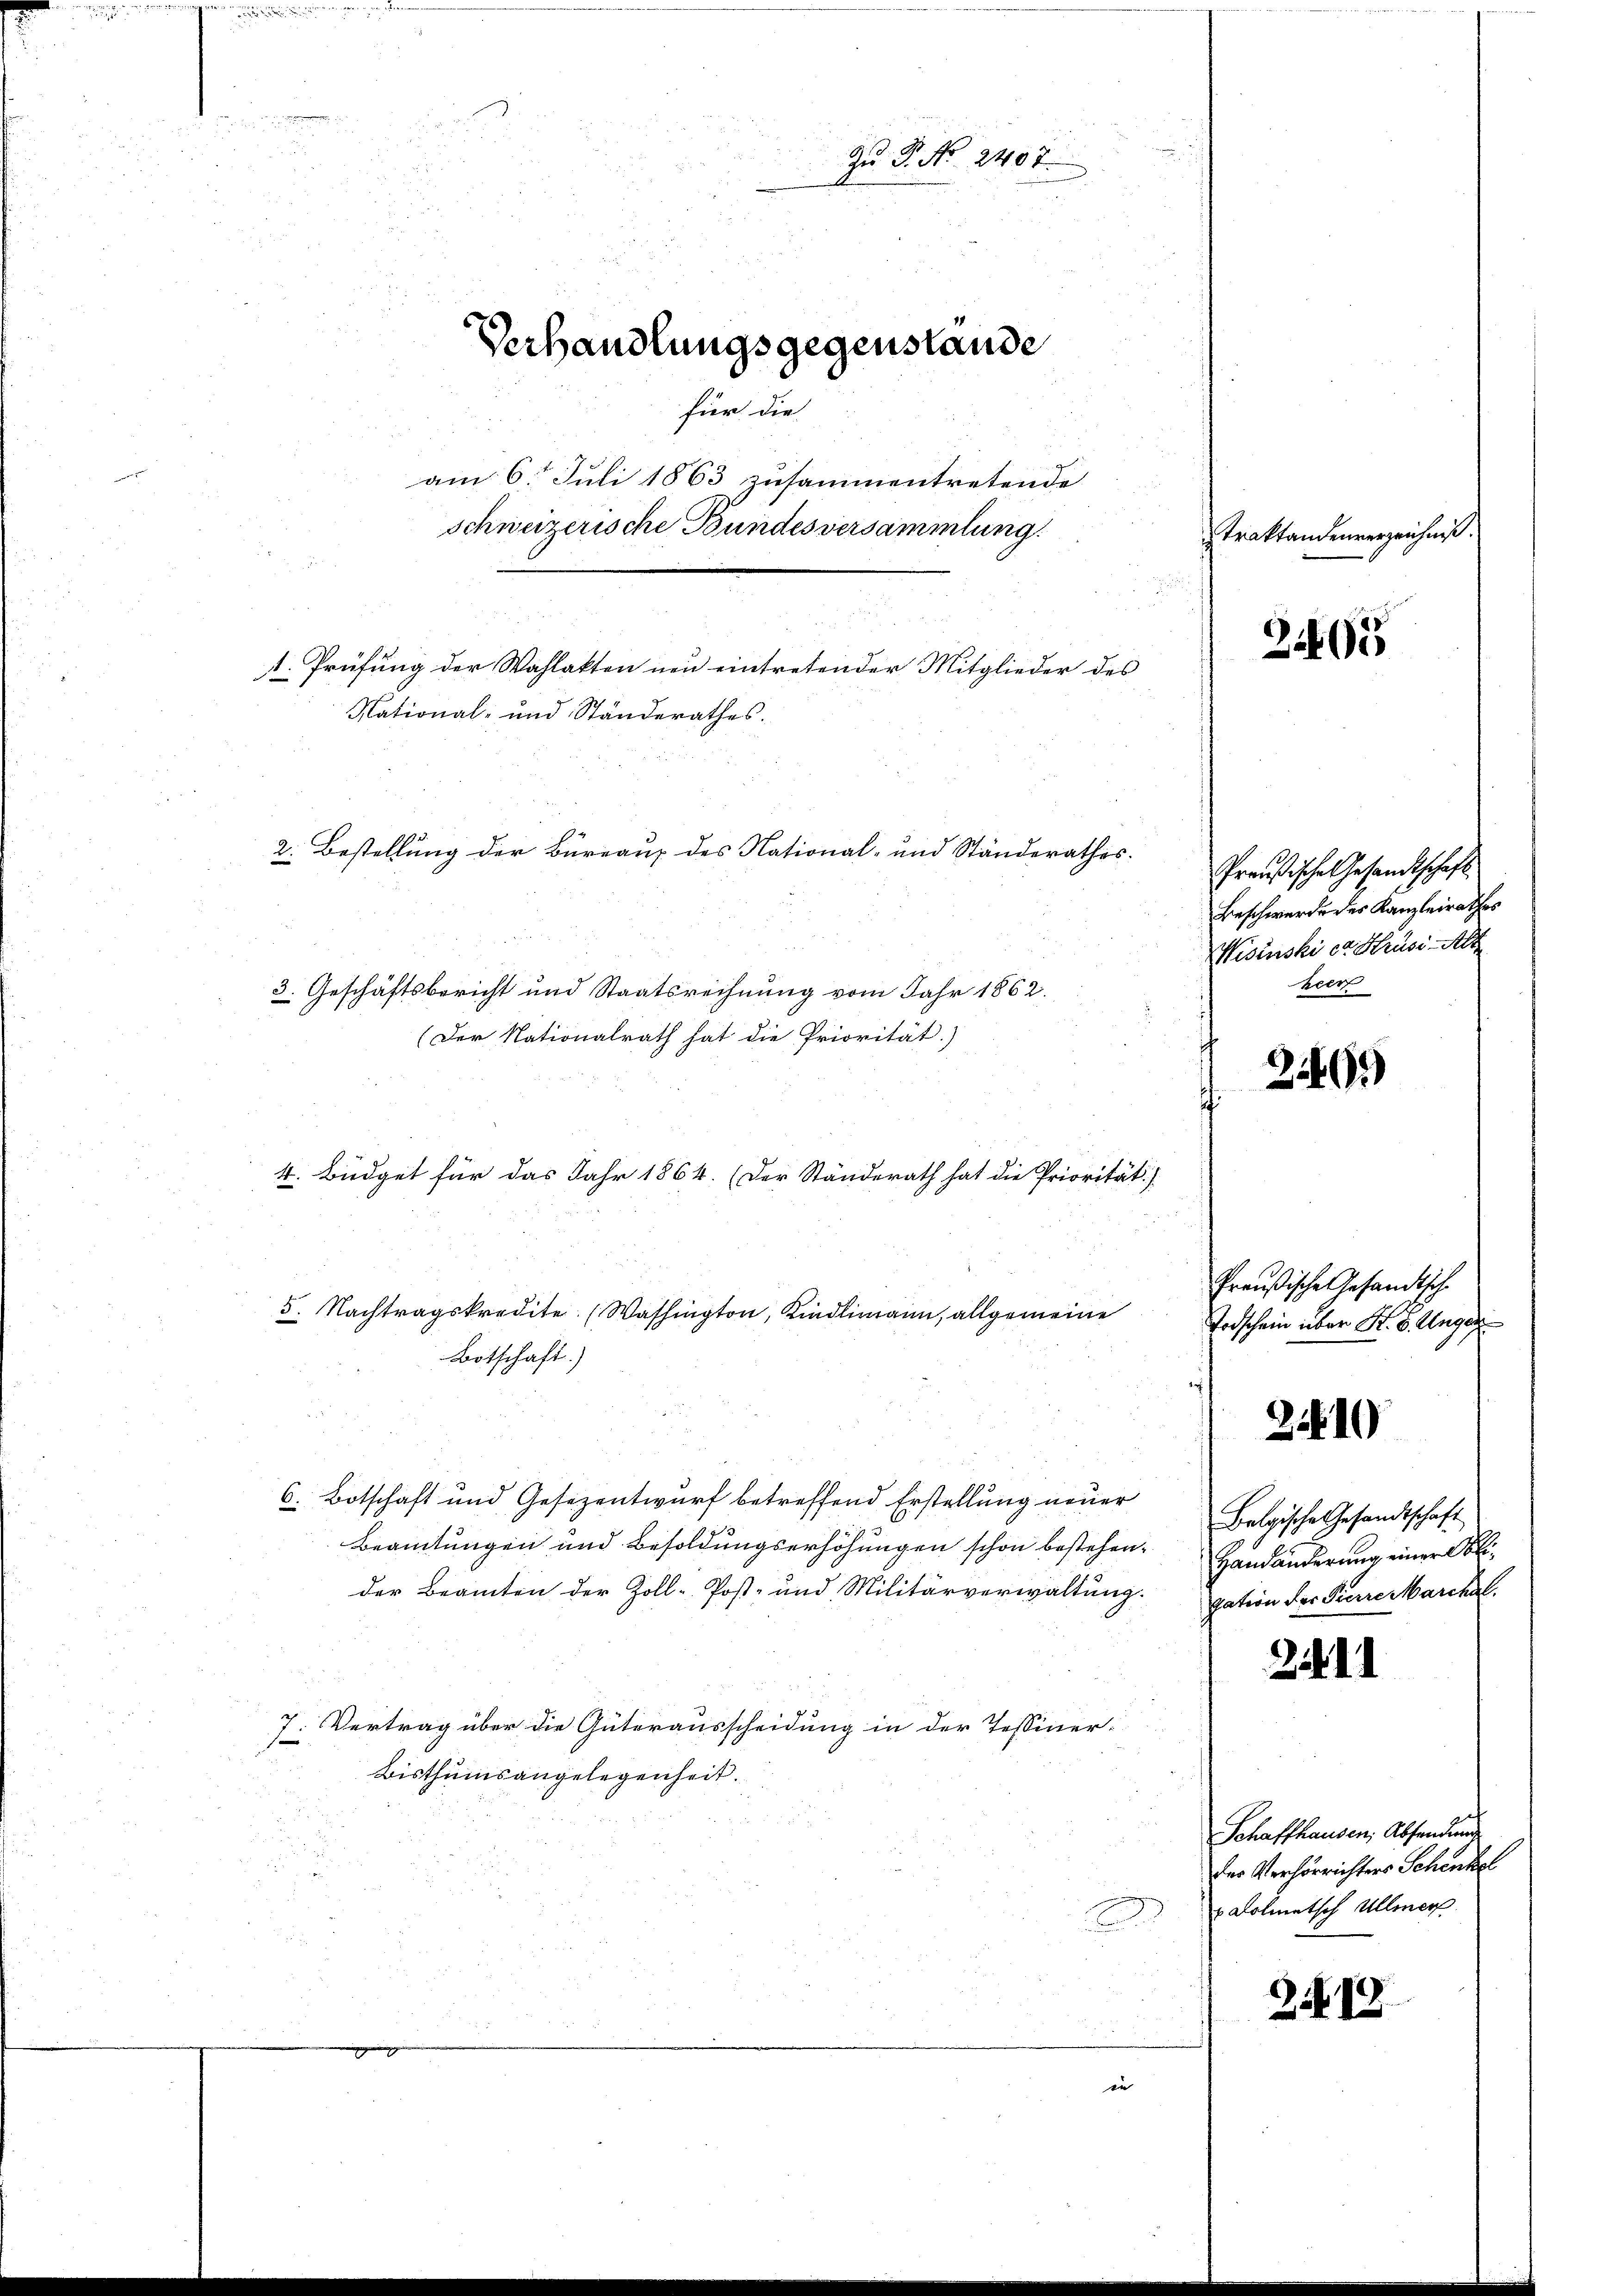
t. Prüfung der Wahlakten neu eintretender Mitglieder des
National- und Ständerathes.
2. Bestellung der Büreaus des National- und Ständerathes.
3. Geschäftsbericht und Staatsrechnung vom Jahr 1862.
(Der Nationalrath hat die Priorität)

Zu P. No. 2407.
Verhandlungsgegenstande
für die
am 6t Juli 1863 zusammentretende
Schweizerische Bundesversammlung.
traktandenverzeichnis.

4. Büdget für das Jahr 1864. (Der Ständerath hat die Priorität)
6. Botschaft und Gesezentwurf betreffend Erstellung neuer
Beamtungen und Besoldungserhöhungen schon bestehender Beamten der Zoll-Post- und Militärverwaltung.
7. Vertrag über die Güterausscheidung in der Tessiner-
e
Bisthumsangelegenheit.

5. Nachtragskredite (Washington, Kindlimann, allgemeine
Botschaft)

2405

Preußische Gesandtschaft
Beschwerde des Kanzleirathes
Wisinski ce Hruss Alt
Meer

240.

Preußische Gesandtsch
Todschein über K. B. Unger

2.10

Belgische Gesandtschaft
Handänderung einer Obligation der Pierre Marchal

211

Schaffhausen, Absendung
des Verhörrichters Schenkel
 Dolmetsch Ullmer

Zi. 18